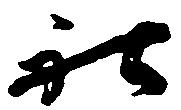
社